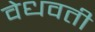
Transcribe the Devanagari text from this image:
वेधवती